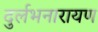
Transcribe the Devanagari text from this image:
दुर्लभनारायण